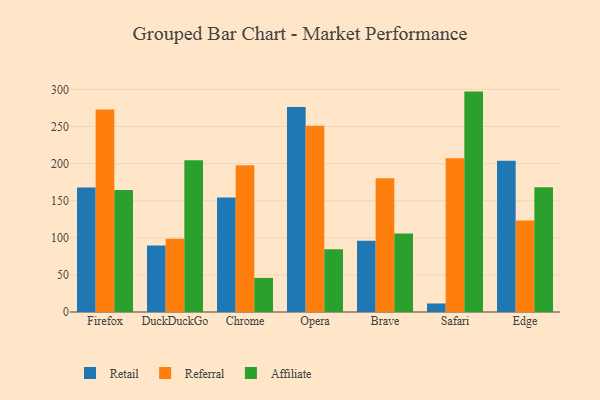
{"axis": {"x": "Browser", "y": "Backlog"}, "legend": ["Affiliate", "Referral", "Retail"], "data": [{"x": "Firefox", "y": 167.7, "type": "Retail"}, {"x": "Firefox", "y": 272.8, "type": "Referral"}, {"x": "Firefox", "y": 164.5, "type": "Affiliate"}, {"x": "DuckDuckGo", "y": 89.6, "type": "Retail"}, {"x": "DuckDuckGo", "y": 98.7, "type": "Referral"}, {"x": "DuckDuckGo", "y": 204.6, "type": "Affiliate"}, {"x": "Chrome", "y": 154.2, "type": "Retail"}, {"x": "Chrome", "y": 197.7, "type": "Referral"}, {"x": "Chrome", "y": 46.0, "type": "Affiliate"}, {"x": "Opera", "y": 276.1, "type": "Retail"}, {"x": "Opera", "y": 251.1, "type": "Referral"}, {"x": "Opera", "y": 84.4, "type": "Affiliate"}, {"x": "Brave", "y": 96.1, "type": "Retail"}, {"x": "Brave", "y": 180.3, "type": "Referral"}, {"x": "Brave", "y": 105.9, "type": "Affiliate"}, {"x": "Safari", "y": 11.5, "type": "Retail"}, {"x": "Safari", "y": 207.2, "type": "Referral"}, {"x": "Safari", "y": 297.0, "type": "Affiliate"}, {"x": "Edge", "y": 203.7, "type": "Retail"}, {"x": "Edge", "y": 123.2, "type": "Referral"}, {"x": "Edge", "y": 168.0, "type": "Affiliate"}]}